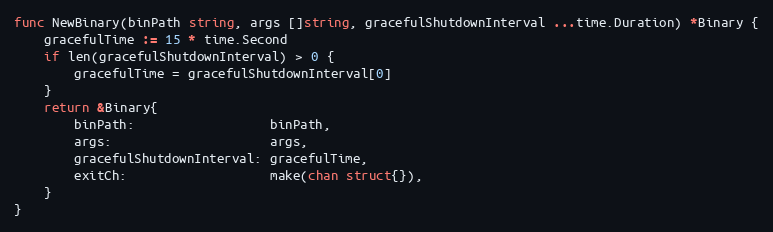
Language: Go
func NewBinary(binPath string, args []string, gracefulShutdownInterval ...time.Duration) *Binary {
	gracefulTime := 15 * time.Second
	if len(gracefulShutdownInterval) > 0 {
		gracefulTime = gracefulShutdownInterval[0]
	}
	return &Binary{
		binPath:                  binPath,
		args:                     args,
		gracefulShutdownInterval: gracefulTime,
		exitCh:                   make(chan struct{}),
	}
}